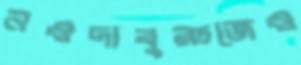
নওদাবুরুজেও